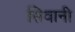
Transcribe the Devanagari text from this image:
सिवानी